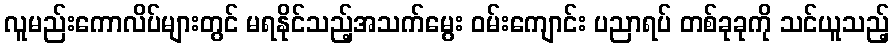
လူမည်းကောလိပ်များတွင် မရနိုင်သည့်အသက်မွေး ဝမ်းကျောင်း ပညာရပ် တစ်ခုခုကို သင်ယူသည့်